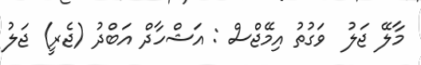
މާލޭ ޖަލު  ވަގުތު އިމޭޖްސް : އަޝްހާދް އަބްދު (ޖެރީ) ޖަލު